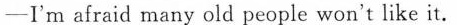
-I'm afraid many old people won't like it.